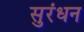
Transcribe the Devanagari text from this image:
सुरंधन